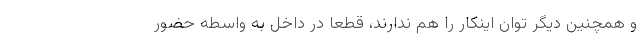
و همچنین دیگر توان اینکار را هم ندارند، قطعا در داخل به واسطه حضور